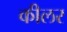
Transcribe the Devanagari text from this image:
कीलर